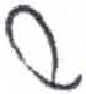
אות: ש